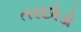
તરછોડો